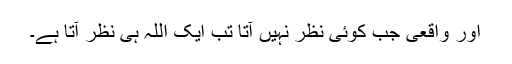
اور واقعی جب کوئی نظر نہیں آتا تب ایک اللہ ہی نظر آتا ہے۔